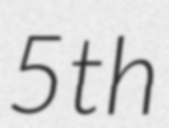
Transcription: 5th